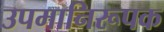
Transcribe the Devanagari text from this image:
उपमानिरूपक